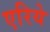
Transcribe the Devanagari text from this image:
एरिये